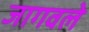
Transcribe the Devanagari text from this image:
जागवले